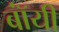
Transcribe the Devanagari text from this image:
बॉंयी